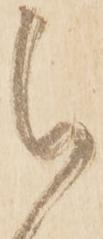
被